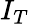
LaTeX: I_{T}